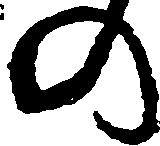
の